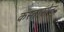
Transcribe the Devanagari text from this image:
कस्तारयेन्